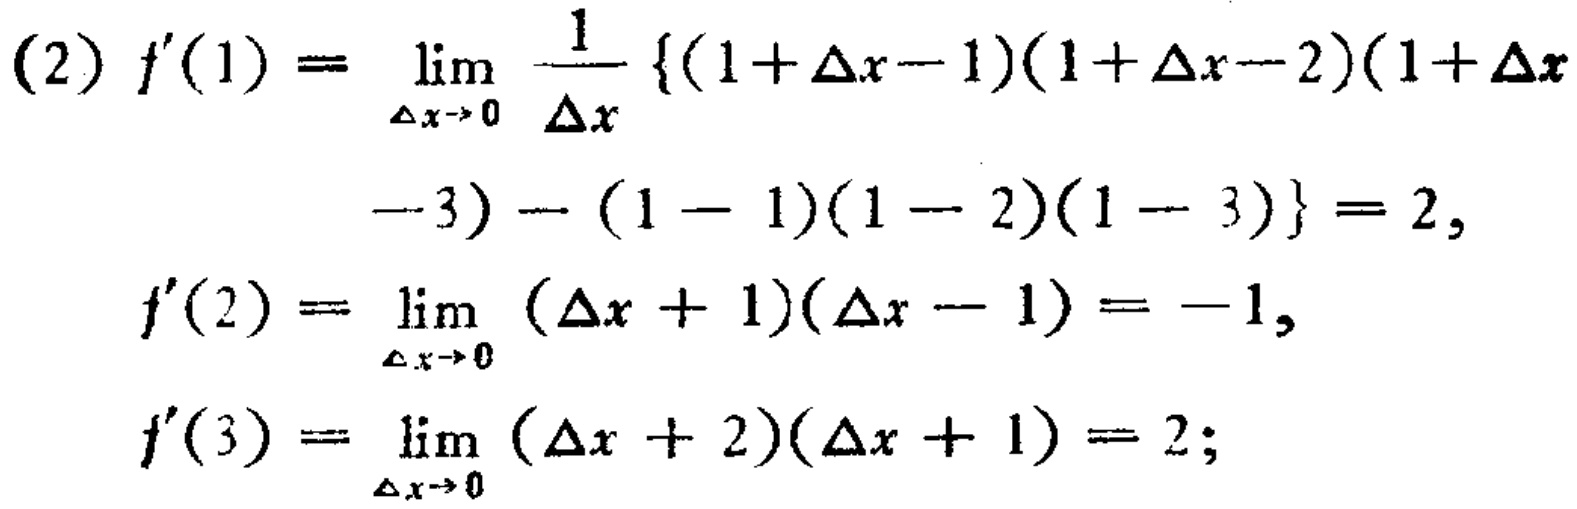
\begin{align*}
(2)f^{\prime}(1)&=\lim_{\Delta x\rightarrow0}\frac{1}{\Delta x}\{(1 + \Delta x-1)(1 + \Delta x-2)(1 + \Delta x\\
&-3)-(1 - 1)(1 - 2)(1 - 3)\}=2,\\
f^{\prime}(2)&=\lim_{\Delta x\rightarrow0}(\Delta x + 1)(\Delta x - 1)=-1,\\
f^{\prime}(3)&=\lim_{\Delta x\rightarrow0}(\Delta x + 2)(\Delta x + 1)=2;
\end{align*}